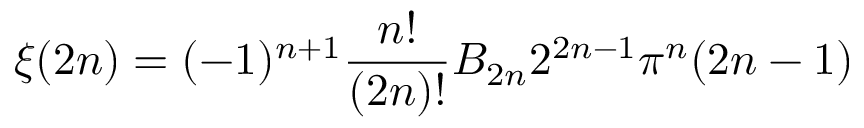
\xi ( 2 n ) = ( - 1 ) ^ { n + 1 } { \frac { n ! } { ( 2 n ) ! } } B _ { 2 n } 2 ^ { 2 n - 1 } \pi ^ { n } ( 2 n - 1 )